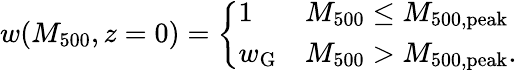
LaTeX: w(M_{500},z=0)=\left\{ \begin{array}{ll}{1}&{M_{500}\leq M_{500,\mathrm{peak}}}\\ {w_{\mathrm{G}}}&{M_{500}>M_{500,\mathrm{peak}}.}\end{array}\right.